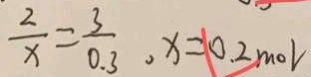
\frac { 2 } { x } = \frac { 3 } { 0 . 3 } , x = 0 . 2 m o l